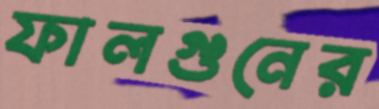
ফালগুনের